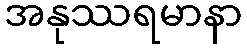
အနုဿရမာနာ